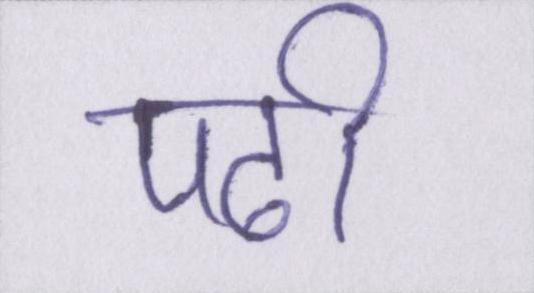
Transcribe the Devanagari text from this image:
पढी